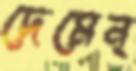
দেমেন্